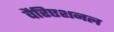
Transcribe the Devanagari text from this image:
वैरिएशनल